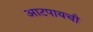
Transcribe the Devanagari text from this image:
आटपायची